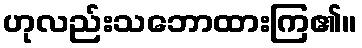
ဟုလည်းသဘောထားကြ၏။